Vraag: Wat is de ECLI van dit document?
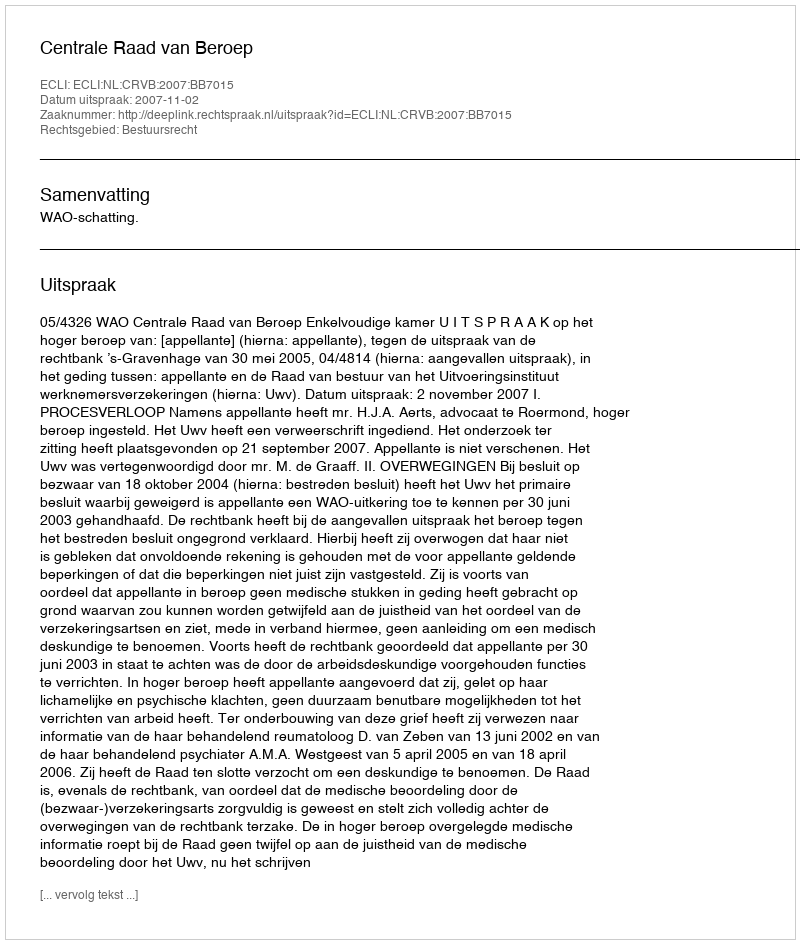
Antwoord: ECLI:NL:CRVB:2007:BB7015